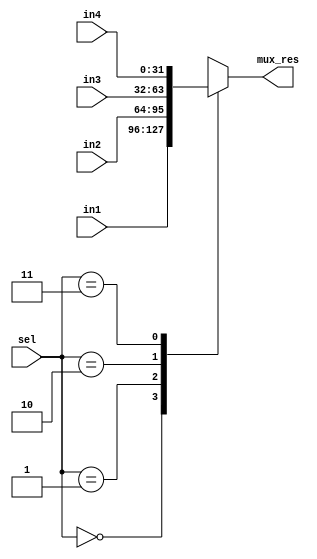
module Mux2(input [1:0] sel, input [31:0] in1, input [31:0] in2, input [31:0] in3, input [31:0] in4, output reg [31:0] mux_res);
    
    always @(in1 or in2 or in3 or in4 or sel) begin
        case (sel)
            2'b00  : mux_res <= in1;
            2'b01  : mux_res <= in2;
            2'b10  : mux_res <= in3;
            2'b11  : mux_res <= in4;
            default: mux_res <= {32{1'bz}};
        endcase
    end

endmodule